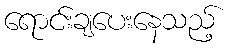
ရောင်းချပေးနေသည့်